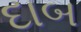
દાબ